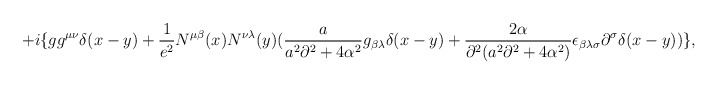
\begin{align*}+i\{gg^{\mu\nu}\delta(x-y)+{1\over{e^2}}N^{\mu\beta}(x)N^{\nu\lambda}(y)({a\over{a^2\partial^2+4\alpha^2}}g_{\beta\lambda}\delta(x-y)+{{2\alpha}\over{\partial^2(a^2\partial^2+4\alpha^2)}}\epsilon_{\beta\lambda\sigma}\partial^\sigma\delta(x-y))\},\end{align*}